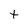
Character: t